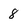
Character: 8